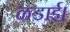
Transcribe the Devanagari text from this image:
ळडाई।